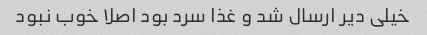
خیلی دیر ارسال شد و غذا سرد بود اصلا خوب نبود